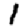
Digit: 1